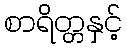
စာရိတ္တနှင့်